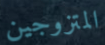
المتزوجين